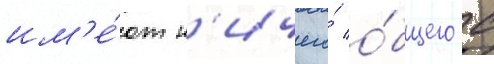
им'е́ют н'ичего́ о́бщего с